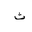
Letter: _tha